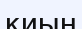
қиың